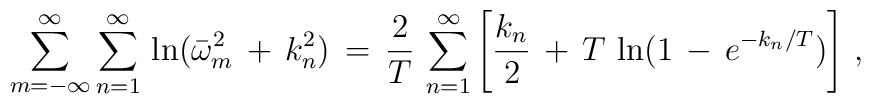
\sum_{m=-\infty}^{\infty}\sum_{n=1}^{\infty}\,\ln(\bar\omega_m^2\,+\,k_n^2)\,=\,\frac{2}{T}\,\sum_{n=1}^{\infty}\left[\frac{k_n}{2}\,+\,T\,\ln(1\,-\,e^{-k_n/T})\right]\,{,}